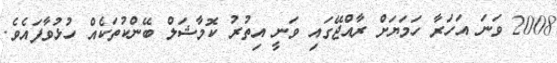
2008 ވަނަ އަހަރާ ހަމަޔަށް ރާއްޖޭގައި ވަނީ އިތުރު ކޮމާޝަލް ބޭންކުތަކެއް ހުޅުވާފައެވެ.